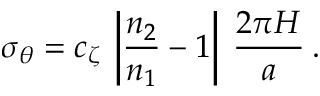
\sigma _ { \theta } = c _ { \zeta } \: \left| \frac { n _ { 2 } } { n _ { 1 } } - 1 \right| \: \frac { 2 \pi H } { a } \: .